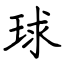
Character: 球